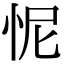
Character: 怩